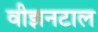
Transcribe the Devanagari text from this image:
वीझनटाल